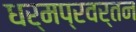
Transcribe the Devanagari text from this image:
धर्मप्रवर्तन